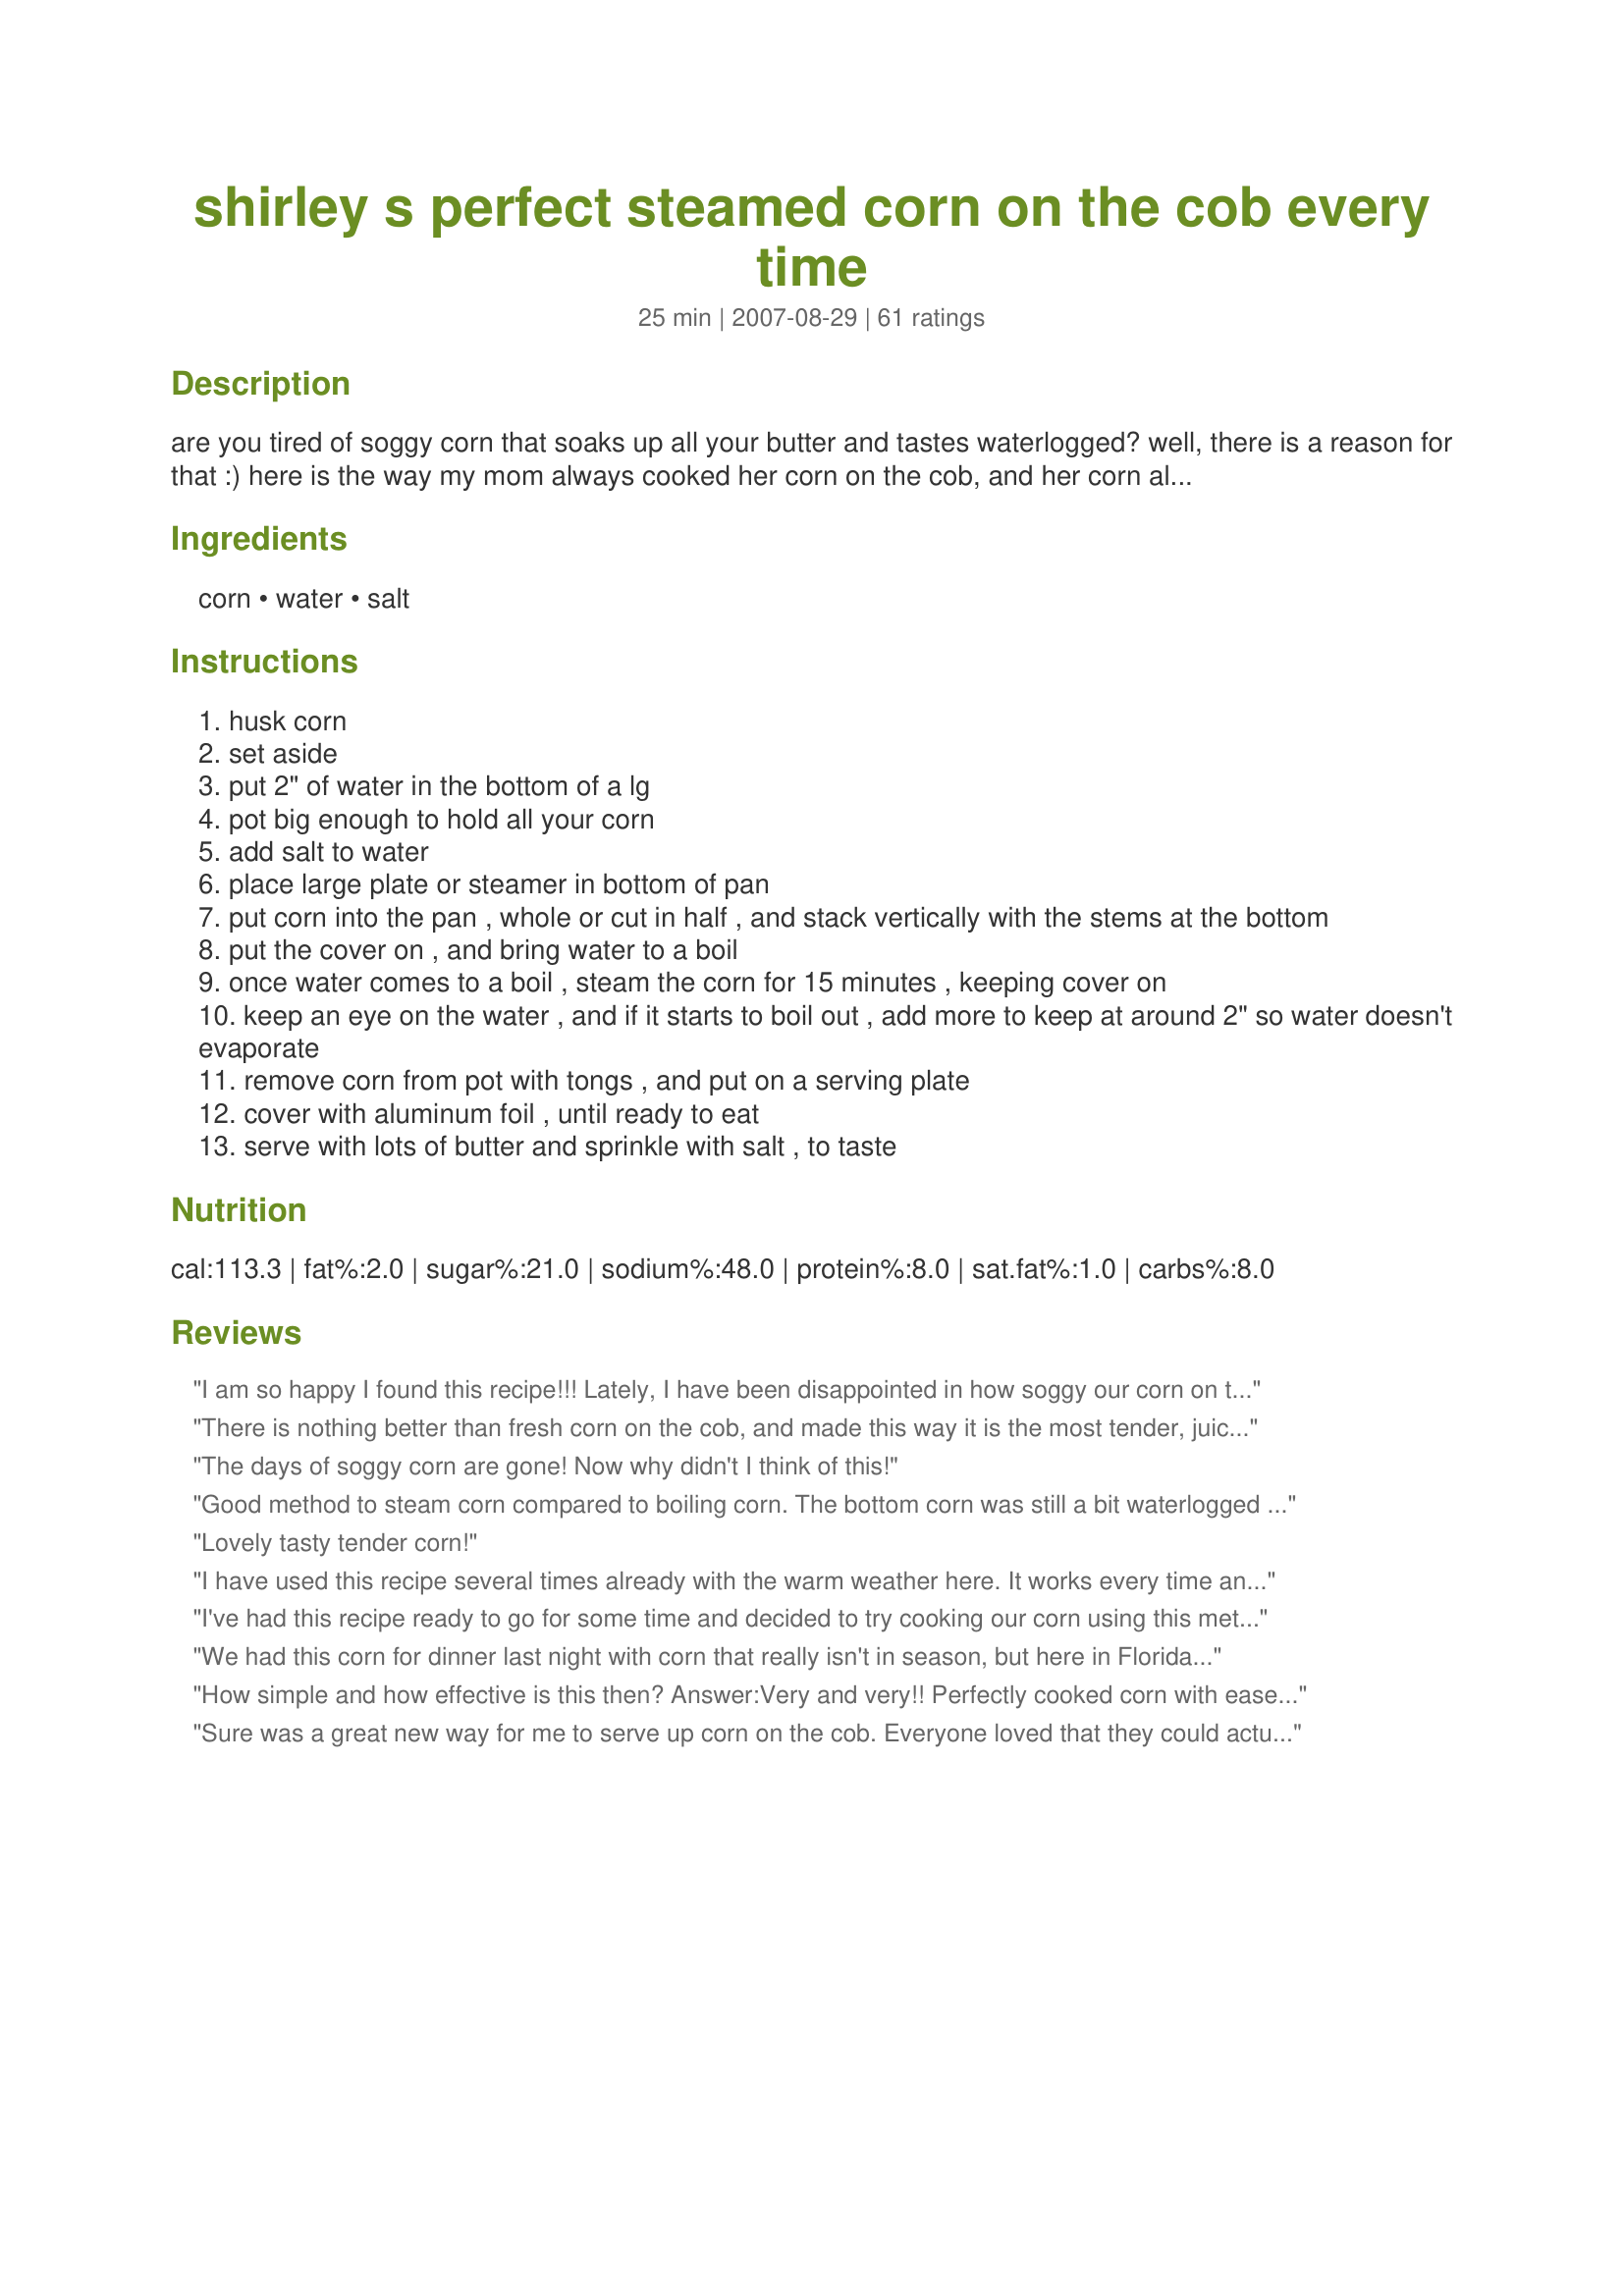
shirley s perfect steamed corn on the cob every time
Preparation time: 25 minutes

are you tired of soggy corn that soaks up all your butter and tastes waterlogged? well, there is a reason for that :)

here is the way my mom always cooked her corn on the cob, and her corn always tasted fresh and delicious every time... yours will too!

using a large pan, place a large plate or vegetable steamer in the bottom of your pan after you add the water. stack the corn vertically with the stems down on the plate/steamer. you should be able to put about 12 ears in to steam doing it this way, if your pan is big enough.

Ingredients:
corn, water, salt

Steps:
husk corn
set aside
put 2" of water in the bottom of a lg
pot big enough to hold all your corn
add salt to water
place large plate or steamer in bottom of pan
put corn into the pan , whole or cut in half , and stack vertically with the stems at the bottom
put the cover on , and bring water to a boil
once water comes to a boil , steam the corn for 15 minutes , keeping cover on
keep an eye on the water , and if it starts to boil out , add more to keep at around 2" so water doesn't evaporate
remove corn from pot with tongs , and put on a serving plate
cover with aluminum foil , until ready to eat
serve with lots of butter and sprinkle with salt , to taste

Reviews:
I am so happy I found this recipe!!! Lately, I have been disappointed in how soggy our corn on the cob has been. I have made this twice and both times the corn has been cooked to perfection! It stays a little crunchy and is so sweet. I do not remove it from the pan when done cooking - just leave it covered until serving time and it stays perfectly hot. Thanks so much to you and your mom for this method. I am deleting all other corn recipes from my cookbook. No need to ever use another. Just delicious!
There is nothing better than fresh corn on the cob, and made this way it is the most tender, juicy and delicious corn you could ever imagine biting into. No more soggy corn for us!
The days of soggy corn are gone! Now why didn't I think of this!
Good method to steam corn compared to boiling corn. The bottom corn was still a bit waterlogged but the top layers were perfect. I'm thinking of using this method but adding a steam basket so the corn is not "in" the water. Thanks for posting the method! Made for All You Can Cook special event in the Cooking Games with Friends forum.
Lovely tasty tender corn!
I have used this recipe several times already with the warm weather here. It works every time and the result is tender, delicious corn that is NOT waterlogged! Kudos goes out to Shirley for this great tip for corn excellence!
I've had this recipe ready to go for some time and decided to try cooking our corn using this method to make Recipe #29366 for our cookout yesterday. Worked great! The corn was so tender and juicy, and NO WATER! We will be using this method from now on. Excellent way to make perfect corn every time!
We had this corn for dinner last night with corn that really isn't in season, but here in Florida we get fresh corn all year, just not the best. This method worked perfectly for our corn, just wish I had fresh spring corn or corn brought from up north during the summer months to use!! I only made two ears of corn so used less water and salt!!! Thanks for sharing this recipe/method Linda!!! Made for zaar stars tag.
How simple and how effective is this then?
Answer:Very and very!!
Perfectly cooked corn with ease..thanks Linda!
Sure was a great new way for me to serve up corn on the cob. Everyone loved that they could actually taste the butter on their corn, and NO water on our plates!!! Yeeeeeee ha!!!
I stacked the corn vertically in my large pot with tthe core down and the corn was tender and delicious and not waterlogged at all. My new way to cook corn from now on!
Perfect!
Made with MizzNezz's recipe for Recipe #26050, and had the best most tender, juicy and delicious corn I have ever had. This cooking method for corn is the only one I will use from now on! Excellent! Into my favorites it goes!
Yummy buttery corn with no water... It is perfect!
This is my Mother had steamed corn for years--and still soooo delicious!!!--thank you, Shirley!!!
Pretty good, easy enough and NOT a whole pot of water, boiling away in the kitchen, when it is 100F outside. I'll file this one under 'great ideas'! And I'll use your idea again, Linda's Busy Kitchen! Thanks for sharing!
I liked this method of steaming the corn. It turned out perfectly! Thank you.
Perfect method, never fails.
The name says it all! We will use this from now on too!
I've been dying to try this recipe and finally found some corn that looked good in the grocery store. Linda, this REALLY works. No more waterlogged corn in my house! This is now my way to make corn from now on. I am sitting here scratching my head wondering why I boiled the heck out of my corn all these years and had a puddle in my dish and watery butter all over my dish too! Oh well, now I can really taste the butter and sugar in my corn like I'm supposed to. I will pass this fabulous tip along to my family and friends, you can bet on that!
Wow! It's amazing that it's this simple! I used this technique tonight and my family was so impressed with the flavor and tenderness! My mom is diabetic and usually won't eat corn, but she heard the others talking about how good it was and she splurged, saying, "Every time I've had corn, it just hasn't had any flavor, but I'm really glad I tasted this tonight." 

Again, WOW! Thank you soooooo much!
Update-- I made this corn and then used the recipe for Recipe #26050, to spread on our corn. So good! -- Now why didn't I think of that? All these years I have had water in my plate! Well, no more. I enjoyed my corn cooked this way so much I passed on the tip to my whole family. They can't wait to try it this way too! Thank you!
Our corns turned out wonderfully. How easy it was! I used a pot that had a spaghetti streamer in it and used that to steam my 8 small corns from Costco. They were a little tilted but still turned great. Everyone raved about it. It def was very sweet. Thanks for the recipe!
Now all my corn is full of broken plate. Thanks for that.
I have made this recipe several times now and every time it reaps a plateful of delicious corn. No more soggy corn at our table thanks to you sharing this recipe with us! Awesome way to cook corn and the only way I will be cooking it from now on!!!
The seems like way too long. I steam my corn for 3 minutes and it comes out perfect. Not sure what the other 12 minutes are for except making the corn soggier. Also salt in the water seems pointless since it won't evaporate, hence will have no effect on the cooking process.
This is the first corn we have had this year and it really is "perfect" cooked this way! No more soggy corn at my house. I never could figure out why the butter always fell off my corn into a puddle on my plate. Now it makes perfect sense to me! Thanks for this great tip and recipe Linda!
No other way from now on to make corn at my house. Everyone commented how good it was, and everyone was surprised when they lifted the lid and it wasn't full of water. When I explained about steaming it instead of it sitting in water to get waterlogged, they were thrilled I had found this recipe!
Perfect! Thank you.
Great!
Absolutely the best way I have found to make corn! We ended up with tender, juicy, and no water as it states. Everyone dug in and ate at least 2 ears a piece! Some would have had more but it was gone in no time flat! Thanks so much for this simple way to cure the soggy waterlogged corn epidemic at my house!
There is absolutely no reason to put salt in the water, unless you&#039;re boiling the corn. Steam is pure H2O. The salt is left behind in the water (distillation). It will only help corrode your pot.
Our corn was nice and tender and delicious steamed this way! We will use this method of preparing fresh corn on the cob from now on. A true winner and no more soggy tasteless corn!!!
We cook our corn like this all the time now, after having it the first time during the summer. Couldn't be better if I thought of it myself!
Perfect. This is the way I will cook mine from now on. I ate half one just to try it and then used the other 2 1/2 in a salad.
The name says it all......... PERFECT!!!
It really works!
We have had this corn 3-4 times now and it comes out perfect every time. Seems good to have butter on my corn that I can actually taste! I passed this on to my sisters and mother and friends, as what I consider to be total common sense, I never even thought of when preparing corn LOL!
This worked out great for us. We didn't have room on the grill and didn't want to use the oven. Thanks!
Makes really good corn - juicy and tender. Thx Linda!
Great way to cook corn. I made with my roast beef dinner this past Sunday, and I can tell you this is the only way I am going to cook corn from now on. Gone are the days of soggy corn for us. This way the corn is juicy and cooked to perfection just the way we love it. Thanks Linda!
Came out perfect, just like you said. Our new way of cooking corn from now on!
My SIL always made her corn this way and it is excellent! I am so glad I found this recipe on here. Sweet and tender and you can really taste the butter. Kernels are tender and delicious!
I have been making corn this way for years, and it really is a great tip and way to make corn that is tender and delicious every time. We enjoyed this for our Memorial Day cookout today. Thanks for sharing it with everyone Linda!
My Mom always made it this way too, except that over the water, she always placed an aluminum foil pie pan with numerous holes punched in it, then just laid the corn on top, so the corn never touched any water. It was always WONDERFUL!
Soggy corn is now a thing of the past. Yeah!!! My family asked me what I did different with the corn. They loved that it was so tender and full of buttery flavor. Well why wouldn't it be, now that the ears aren't full of water! We love this and I pass on the recipe to everyone I come across, even my pastor at the church! He couldn't wait to try it himself!
Very good corn. Followed the recipe as written and we all enjoyed the corn cooked this way. Will be making more often.
Perfect corn. We don't really even need to add the butter! Thanks!
This is a very simple way to prepare corn, that resulted in deeeeeeeelicious corn for all of us! I could actually see the butter and taste it on my corn :) This is the ONLY way I am going to cook fresh corn from now on! Supreme tip right here!
Perfect is what it is!
This makes some tender and tasty corn! I love the idea my corn isn't sitting in all that water and boiling away all the flavor and getting soggy. Thanks for sharing this technique with us and I am passing it on to all my family and friends.
Thanks for sharing this recipe with us! Wendy
We tried this new way to make our summer corn and it is the best thing since sliced bread!
Linda, I have been dying to try this recipe for almost a year now and we finally had it! Nice and tender, sweet corn and no longer any water in my dish with butter all over my plate. Way to go Shirley!
So good cooked this way! Our corn was tender and perfectly cooked and the butter dripped off as we ate, but there was NO water :) Yeahhhhhhhhh!
Easy and quick. The corn was nice and tender. Thanks for sharing, I like the standing on end method.
Great idea!
Perfect every time and so simple! Thank you!
We have ALWAYS cooked our corn on the cob in this manner and cannot believe people would boil good sweet corn in a big pot of water - very time consuming and very soggy. Thanks for confirming that we are not crazy for cooking corn this way. Whew!!!
Corn is so good steamed this way. I will be using it from now on! Thanks!
I've been using this recipe since I saved it to my favorites and I forgot to review it, so here goes: This is a foolproof way to make the most delicious, tender corn you will ever sink your teeth into, and I'm not kidding!
I have tried several of your recipes and have always loved them. This one is another to add to my list! Tender, juicy and nutritious steamed corn. Tastes so good you don't even need the butter!
